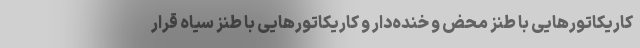
کاریکاتورهایی با طنز محض و خنده‌دار و کاریکاتورهایی با طنز سیاه قرار